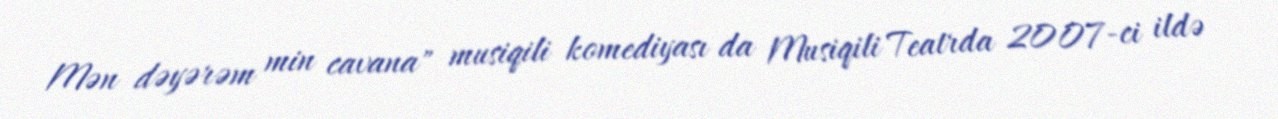
Mən dəyərəm min cavana" musiqili komediyası da Musiqili Teatrda 2007-ci ildə